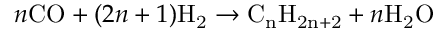
n \mathrm { C O } + ( 2 n + 1 ) \mathrm { H _ { 2 } } \rightarrow \mathrm { C _ { n } H _ { 2 n + 2 } } + n \mathrm { H _ { 2 } O }